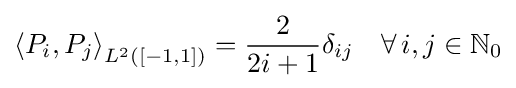
\left\langle P_{i},P_{j}\right\rangle _{L^{2}([-1,1])}={\frac {2}{2i+1}}\delta _{ij}\quad \forall \,i,j\in \mathbb {N} _{0}